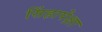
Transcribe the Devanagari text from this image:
सिंहापेक्षा